Emmaste_vallavalitsus, lk 32
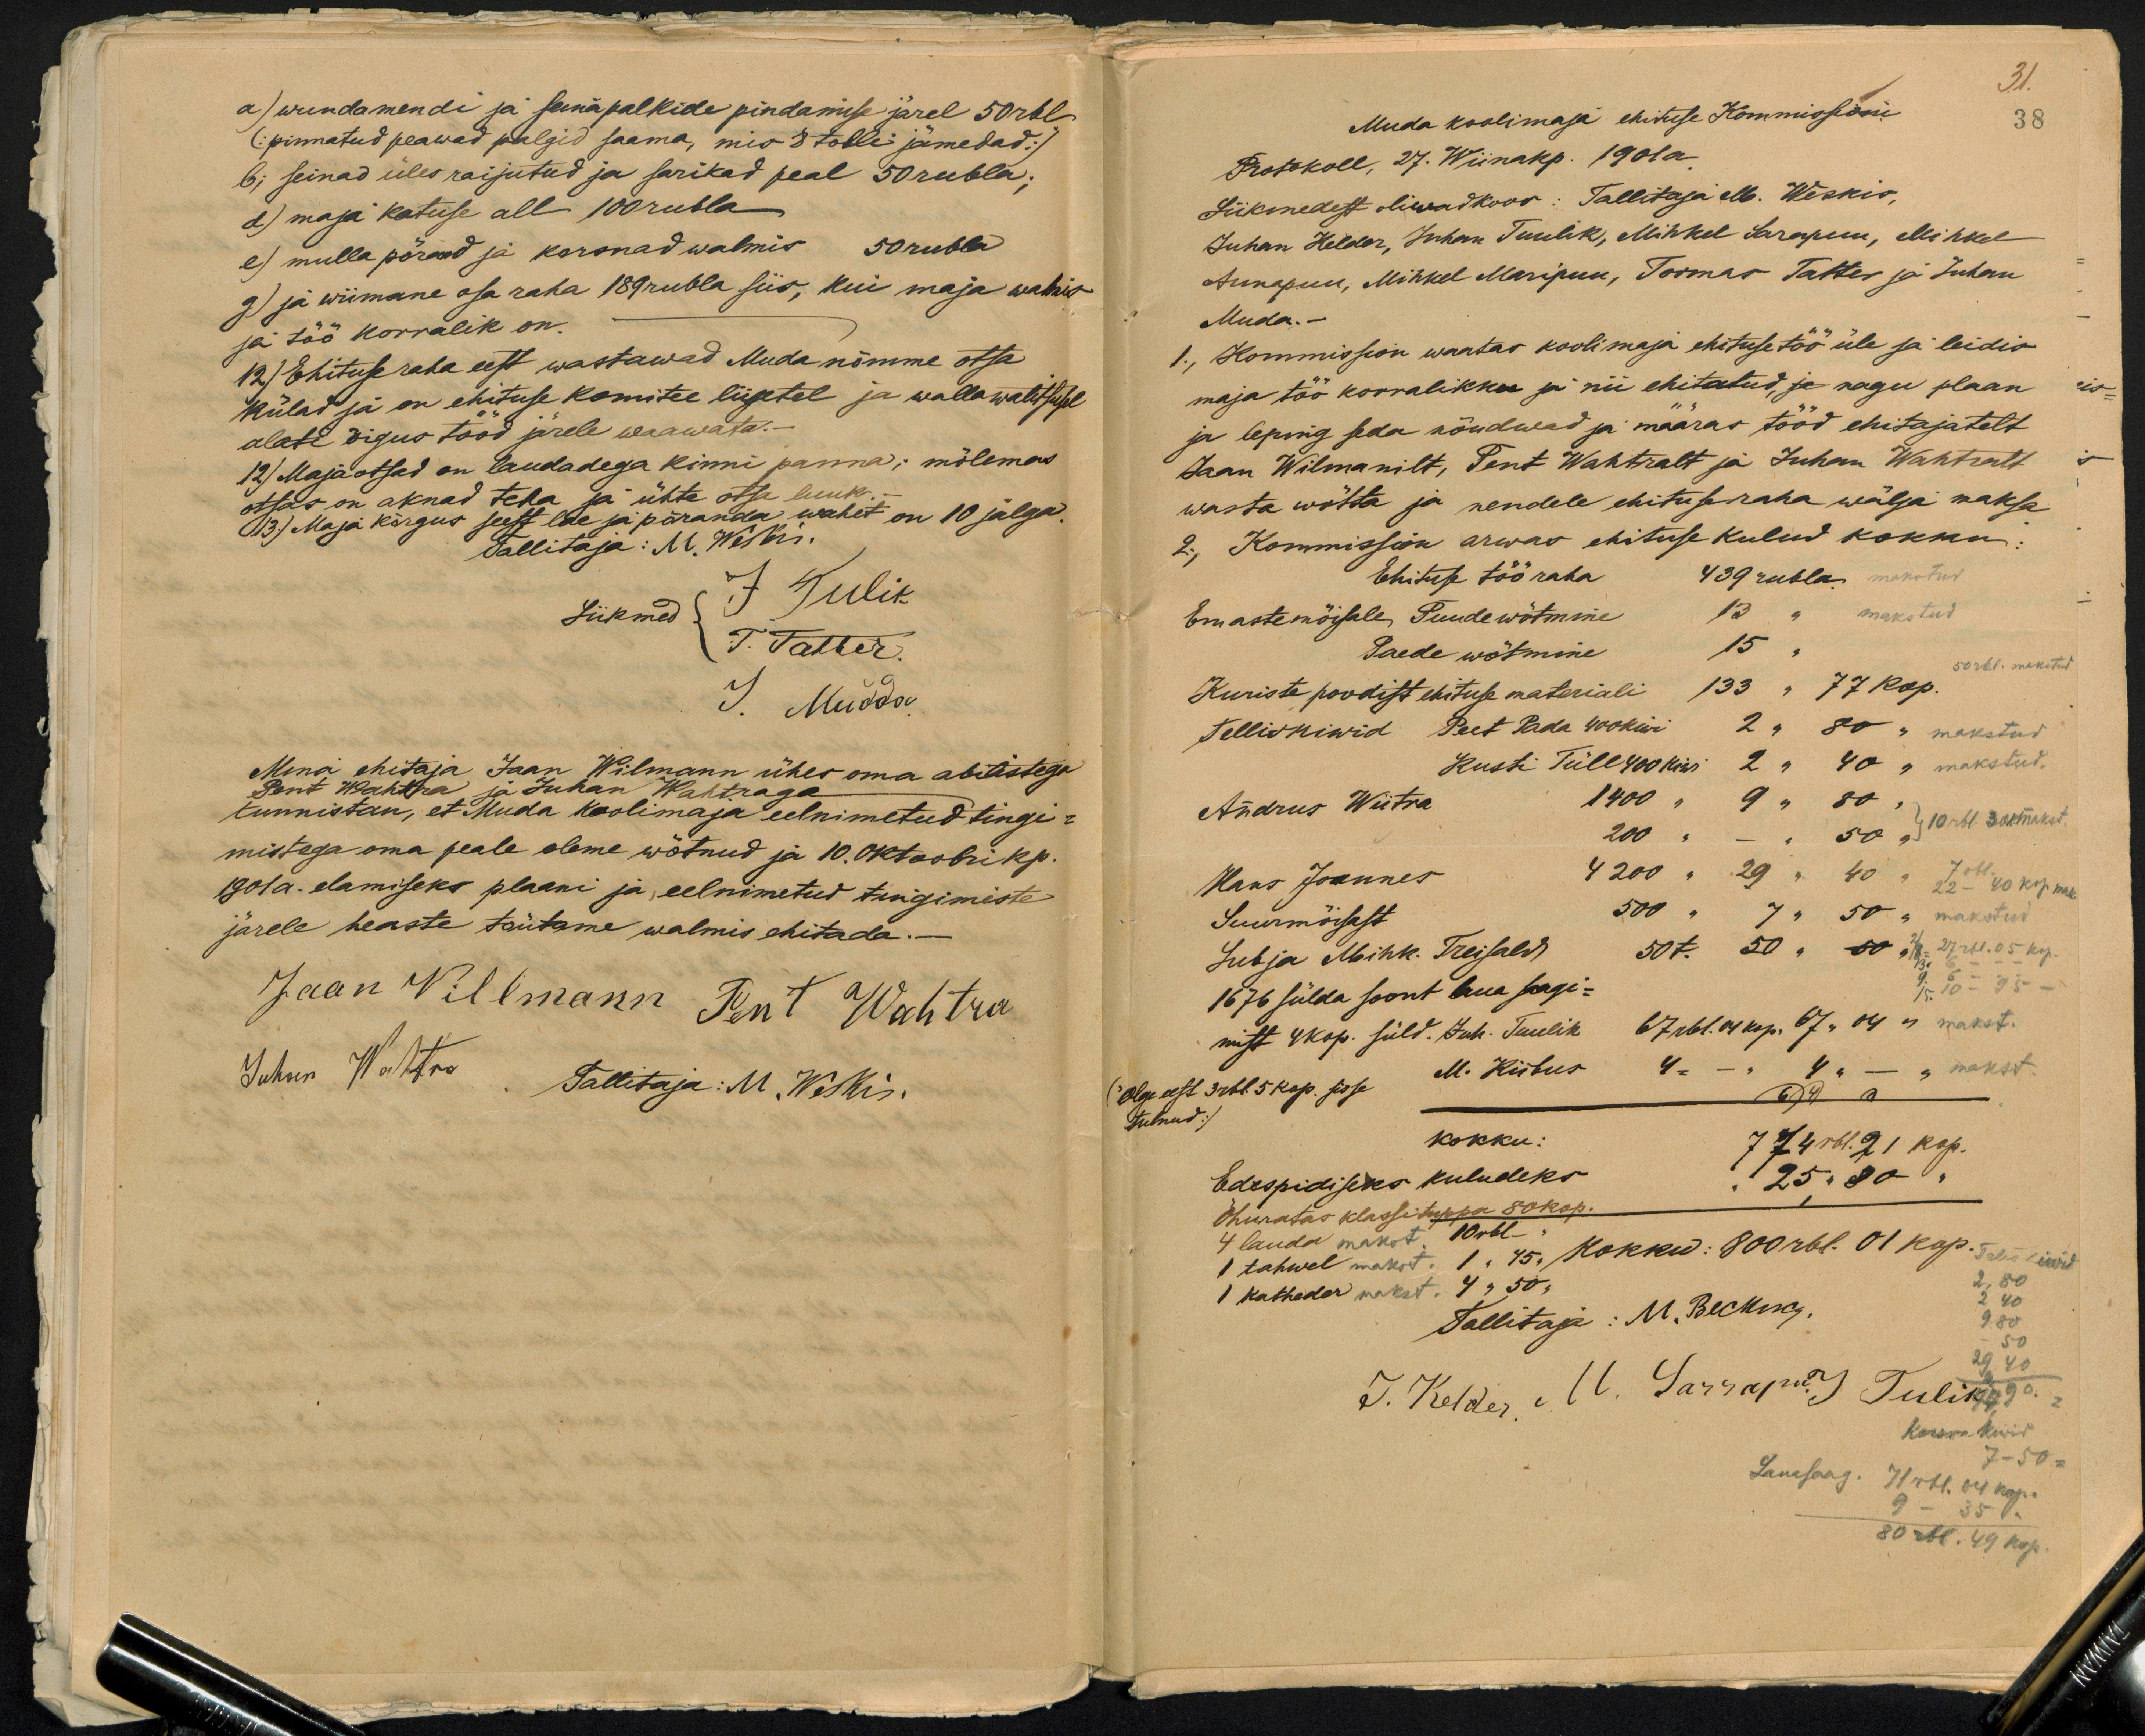
a) wundamendi ja seina palkide pindamise järel 50 rbl
(pinnatud peawad palgid saama, mis 8 tolli jämedad)
b; seinad üles raijutud ja sarikad peal 50 rubla.
d) maja katuse all 100 rubla
e) mulla põrand ja korsnad walmis 50 rubla
g) ja wiimane osa raha 189 rubla siis, kui maja walmis
ja töö korralik on.
12) Ehituse raha eest wastawad Muda nõmme otsa
külad ja on ehituse komitee liigetel ja walla walitsusel
alati õigus tööd järele waawata.-
12) Maja otsad on laudadega kinni panna; mõlemas
otsas on aknad teha ja ühte otsa luuk.-
13) Maja kõrgus seest lae ja põranda wahet on 10 jalga.
Tallitaja: M. Weskis.
Liikmed J. Tulik
T. Tatter.
J. Mudda
Mina ehitaja Jaan Wilmann ühes oma abilistega
Pent Wahtra ja Juhan Wahtraga
tunnistan, et Muda koolimaja eelnimetud tingi-
mistega oma peale oleme wõtnud ja 10. oktoobri kp.
1901 a. elamiseks plaani ja eelnimetud tingimiste
järele heaste tõutame walmis ehitada.
Jaan Willmann Pent Wahtra
Juhan Wahtra Tallitaja: M. Weskis.

31.
Muda koolimaja ehituse Kommissioni
38
Protokoll, 27. Wiinakp. 1901a.
Liikmedest oliwad koos: Tallitaja M. Weskis,
Juhan Helder, Juhan Tuulik, Mihkel Sarapuu,Mihkel
Aunapuu, Mihkel Maripuu, Toomas Tatter ja Juhan
Muda.-
1., Kommission waatas koolimaja ehituse töö üle ja leidis-
maja töö korralikku ja nii ehitatud, ja nagu plaan
ja leping seda nõudwad ja määras tööd ehitajatelt
Jaan Wilmanilt, Pent Wahtralt ja Juhan Wahtralt
wasta wõtta ja nendele ehituse raha wälja maksa
2., Kommission arwas ehituse kulud kokku:
Ehituse töö raha 439 rubla.
Emaste mõisale Puude wõtmine 13 " makstud
Paede wõtmine 15 "
50 rbl. makstud
Kuriste poodist ehituse materiali 133 " 77 kop.
Telliskiwid Peet Pada 400 kiwi 2 " 80 " makstud
Kusti Tüll 400 kiwi 2 " 40 " makstud.
Andrus Wiitra 1400 " 9 " 80 "
10 rbl. 30 k. makst.
200 " - " 50 "
Hans Joannes 4200 " 29 " 40 "
7 rbl.
22 - 40 kop. mak
Suurmõisast 500 " 7 " 50 "
Lubja Mihk. Treisald 50 t. " 50 "
1676 sülda soont laua saagi-
mist 4 kop. süld. Juh. Tuulik 67 rbl. 04 kop. 67 " 04 " makst.
M. Kiibus 4 " - " 4 " - " makst.
Õlge eest 3 rbl. 5 kop. sisse
tulnud)
kokku:
774 rbl. 21 kop.
Edespidiseks kuludeks
25, " 80 "
Õhuratas klassituppa 80 kop.
4 lauda makst. 10 rbl -
1 tahwel makst. 1, 45 "
Telis kiwid
Kokku: 800 rbl. 01 kop
1 katheder makst. 4 " 50 "
2,80
Tallitaja: M. Beeking.
2 40
9 80
50
J. Kelder, M. Sarrapu. J Tulik
Karswa Kiiri
Lauasaag. 71 rbl. 04 kop.
7-50 =
9 - 35 "
80 rbl. 49 kop.